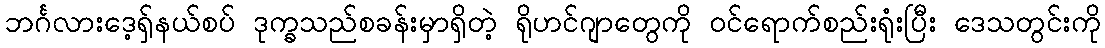
ဘင်္ဂလားဒေ့ရှ်နယ်စပ် ဒုက္ခသည်စခန်းမှာရှိတဲ့ ရိုဟင်ဂျာတွေကို ဝင်ရောက်စည်းရုံးပြီး ဒေသတွင်းကို